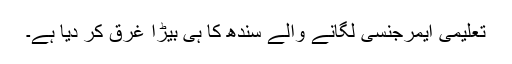
تعلیمی ایمرجنسی لگانے والے سندھ کا ہی بیڑا غرق کر دیا ہے۔